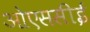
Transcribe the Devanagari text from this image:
ओएससीई